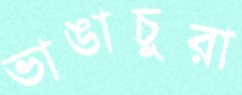
ভাঙাচুরা